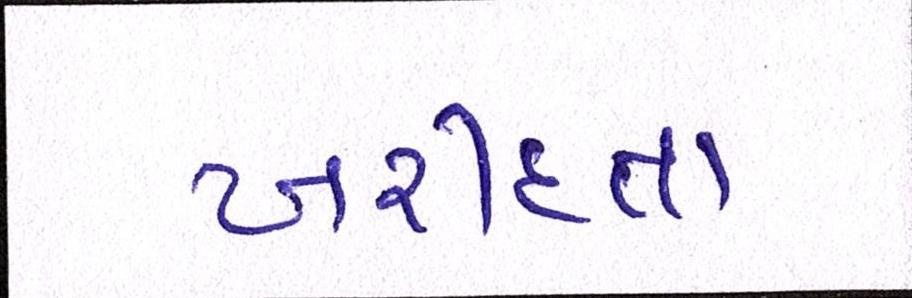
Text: ખરીદતા